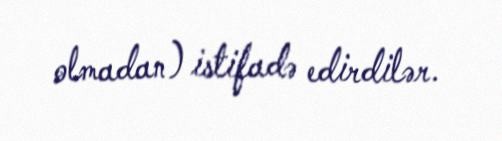
olmadan) istifadə edirdilər.